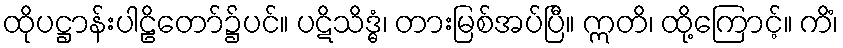
ထိုပဋ္ဌာန်းပါဠိတော်၌ပင်။ ပဋိသိဒ္ဓံ၊ တားမြစ်အပ်ပြီ။ ဣတိ၊ ထို့ကြောင့်။ ကိံ၊